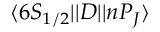
\ensuremath { \langle 6 S _ { 1 / 2 } | | } D \ensuremath { | | n P _ { J } \rangle }